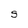
Character: S